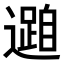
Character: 𮟓